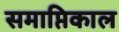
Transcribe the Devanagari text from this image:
समाप्तिकाल